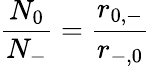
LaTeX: \frac{N_{0}}{N_{-}}=\frac{r_{0,-}}{r_{-,0}}